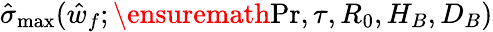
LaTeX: \hat{\sigma}_{\mathrm{max}}(\hat{w}_{f};\ensuremath{\mathrm{Pr}},\tau,R_{0},H_{B},D_{B})